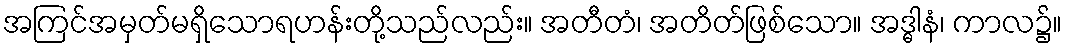
အကြင်အမှတ်မရှိသောရဟန်းတို့သည်လည်း။ အတီတံ၊ အတိတ်ဖြစ်သော။ အဒ္ဓါနံ၊ ကာလ၌။